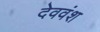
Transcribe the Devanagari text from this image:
देववंश